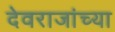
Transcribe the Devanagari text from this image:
देवराजांच्या